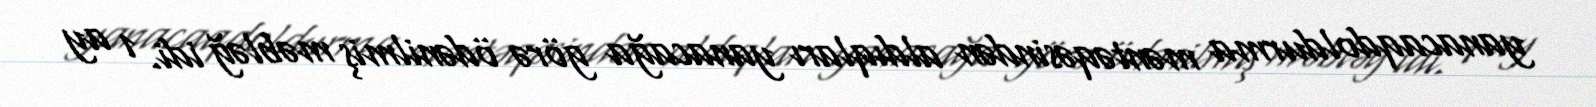
yanacaqdoldurma məntəqəsindən aldıqları yanacağa görə ödənilmiş məbləğ idi. 1 ay